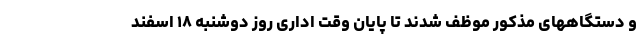
و دستگاههای مذکور موظف شدند تا پایان وقت اداری روز دوشنبه ۱۸ اسفند